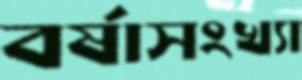
বর্ষাসংখ্যা